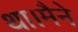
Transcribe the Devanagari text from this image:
था।मैने